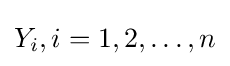
Y_{i},i=1,2,\ldots ,n